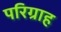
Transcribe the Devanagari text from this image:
परिग्राह